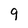
Character: 9